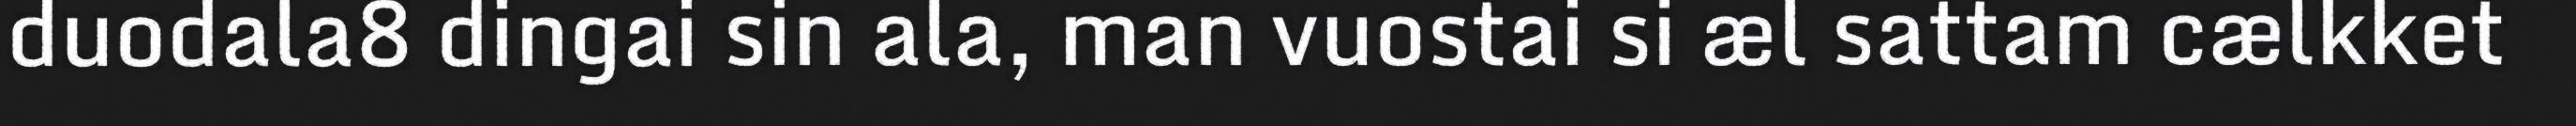
duodala8 dingai sin ala, man vuostai si æl sattam cælkket